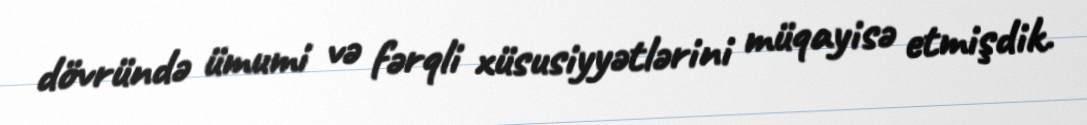
dövründə ümumi və fərqli xüsusiyyətlərini müqayisə etmişdik.